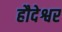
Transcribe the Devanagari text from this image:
हौदेश्वर